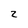
Character: 2